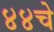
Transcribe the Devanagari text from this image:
४४चे